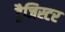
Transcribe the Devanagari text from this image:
ट्रैजिस्टर